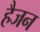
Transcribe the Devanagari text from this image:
हैजन